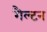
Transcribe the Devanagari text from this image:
गैल्टन